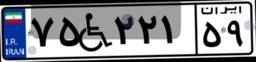
۷۵W۲۲۱۵۹